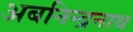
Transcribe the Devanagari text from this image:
अबनिन्द्रनाथ